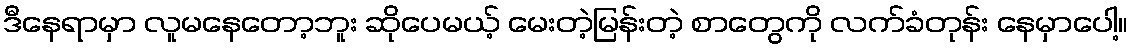
ဒီနေရာမှာ လူမနေတော့ဘူး ဆိုပေမယ့် မေးတဲ့မြန်းတဲ့ စာတွေကို လက်ခံတုန်း နေမှာပေါ့။